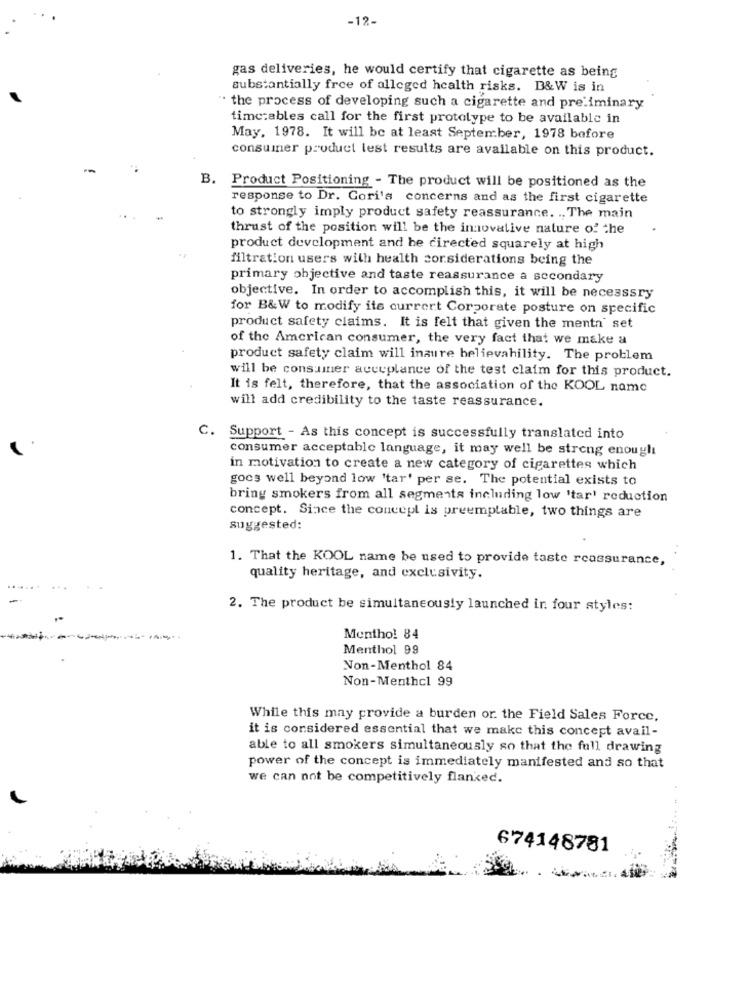
-12-
gas deliveries, he would certify that cigarette as being
substantially free of alleged health risks. B&W is in
" the process of developing such a cigarette and preliminary
time:ables call for the first prototype to be available in
May, 1978. It will be at least September, 1978 before
consumer product test results are available on this product.
-
B. Product Positioning - The product will be positioned as the
response to Dr. Gori's concerns and as the first cigarette
to strongly imply product safety reassurance. .. The main
thrust of the position will be the innovative nature of the
product development and he directed squarely at high
filtration users with health considerations being the
primary objective and taste reassurance a secondary
objective. In order to accomplish this, it will be necessary
for B&W to modify its current Corporate posture on specific
product safety claims. It is felt that given the menta set
of the American consumer, the very fact that we make a
product safety claim will inaure believahility. The problem
will be consumer acceptance of the test claim for this product.
It is felt, therefore, that the association of the KOOL name
will add credibility to the taste reassurance.
C.
Support - As this concept is successfully translated into
consumer acceptable language, it may well be strong enough
in motivation to create a new category of cigarettes which
gocs well beyond low 'tar' per se. The potential exists to
bring smokers from all segments including low 'tar' reduction
concept. Since the concept is preemptable, two things are
suggested:
1. That the KOOL name be used to provide taste reassurance,
quality heritage, and exclusivity.
2. The product be simultaneously launched in four styles:
Mentho! 84
Menthol 99
Non-Menthol 84
Non-Menthcl 99
While this may provide a burden or. the Field Sales Force,
it is considered essential that we make this concept avail-
able to all smokers simultaneously so that the full drawing
power of the concept is immediately manifested and so that
we can not be competitively flanked.
674148781